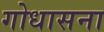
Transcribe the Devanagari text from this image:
गोधासना